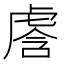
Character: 𰲢